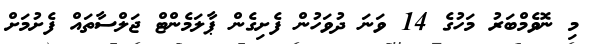
މި ނޮވެމްބަރު މަހުގެ 14 ވަނަ ދުވަހުން ފެށިގެން ޕާލަމެންޓް ޖަލްސާތައް ފެށުމަށް